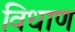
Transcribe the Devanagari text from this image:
विधाण